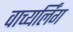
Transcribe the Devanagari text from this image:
वाच्यर्लिंग